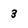
Character: 3